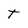
Character: t